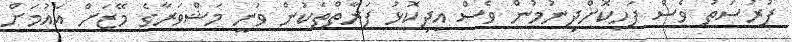
ފުރުސަތު ވެސް ފަހިކޮށްދިނުމުން ވެސް އިދިކޮޅު ފަރާތްތަކުން ވަނީ މަޝްވަރާގެ މޭޒަށް އައުމަށް